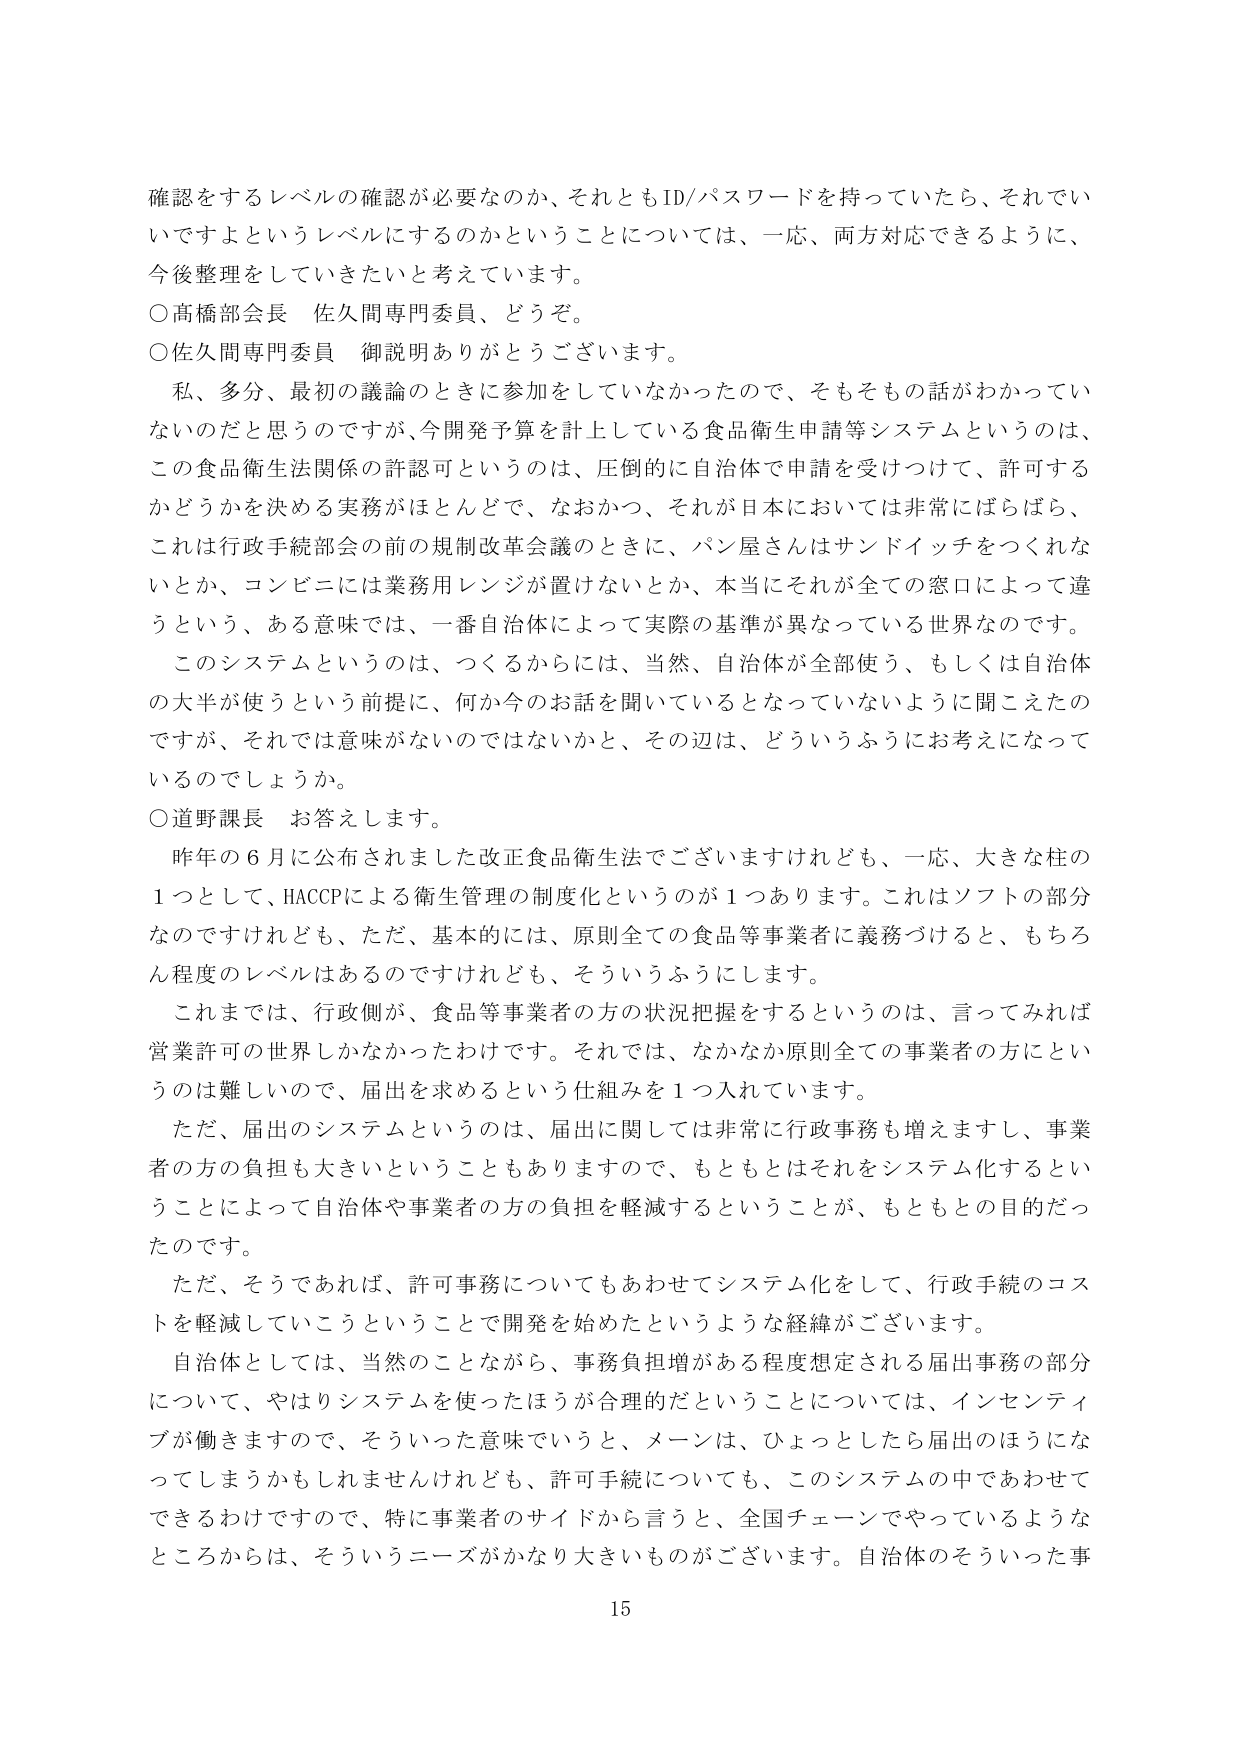
確認をするレベルの確認が必要なのか、それともID/パスワードを持っていたら、それでいいですよというレベルにするのかということについては、一応、両方対応できるように、今後整理をしていきたいと考えています。

○高橋部会長 佐久間専門委員、どうぞ。

○佐久間専門委員 御説明ありがとうございます。

　私、多分、最初の議論のときに参加をしていなかったので、そもそも話がわかっていないのだと思うのですが、今開発予算を計上している食品衛生申請等システムというのは、この食品衛生法関係の許認可というのは、圧倒的に自治体で申請を受けつけて、許可するかどうかを決める実務がほとんどで、なおかつ、それが日本においては非常にばらばら、これは行政手続部会の前の規制改革会議のときに、パン屋さんはサンドイッチをつくれないとか、コンビニには業務用レンジが置けないとか、本当にそれが全ての窓口によって違うという、ある意味では、一番自治体によって実際の基準が異なっている世界なのです。

　このシステムというのは、つくるからには、当然、自治体が全部使う、もしくは自治体の大半が使うという前提に、何か今のお話を聞いているととなっていないように聞こえたのですが、それでは意味がないのではないかと、その辺は、どういうふうにお考えになっているのでしょうか。

○道野課長 お答えします。

　昨年の６月に公布されました改正食品衛生法でございますけれども、一応、大きな柱の１つとして、HACCPによる衛生管理の制度化というのが１つあります。これはソフトの部分なんですけれども、ただ、基本的には、原則全ての食品等事業者に義務づけると、もちろん程度のレベルはあるのですけれども、そういうふうにします。

　これまでは、行政側が、食品等事業者の方の状況把握をするというのは、言ってみれば営業許可の世界しかなかったわけです。それでは、なかなか原則全ての事業者の方にというのは難しいので、届出を求めるという仕組みを１つ入れています。

　ただ、届出のシステムというのは、届出に関しては非常に行政事務も増えますし、事業者の方の負担も大きいということもありますので、もともとはそれをシステム化するということによって自治体や事業者の方の負担を軽減するということが、もともとの目的だったのです。

　ただ、そうであれば、許可事務についてもあわせてシステム化をして、行政手続のコストを軽減していこうということで開発を始めたというような経緯がございます。

　自治体としては、当然のことながら、事務負担増がある程度想定される届出事務の部分について、やはりシステムを使ったほうが合理的だということについては、インセンティブが働きますので、そういった意味でいうと、メーンは、ひょっとしたら届出のほうになってしまうかもしれませんが、許可手続についても、このシステムの中であわせてできるわけですので、特に事業者のサイドから言うと、全国チェーンでやっているようなところからは、そういうニーズがかなり大きいものございます。自治体のそういった事

15